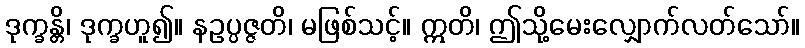
ဒုက္ခန္တိ၊ ဒုက္ခဟူ၍။ နဥပ္ပဇ္ဇတိ၊ မဖြစ်သင့်။ ဣတိ၊ ဤသို့မေးလျှောက်လတ်သော်။